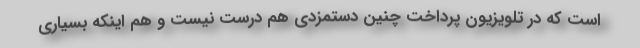
است که در تلویزیون پرداخت چنین دستمزدی هم درست نیست و هم اینکه بسیاری